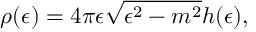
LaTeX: \rho ( \epsilon ) = 4 \pi \epsilon \sqrt { \epsilon ^ { 2 } - m ^ { 2 } } h ( \epsilon ) ,